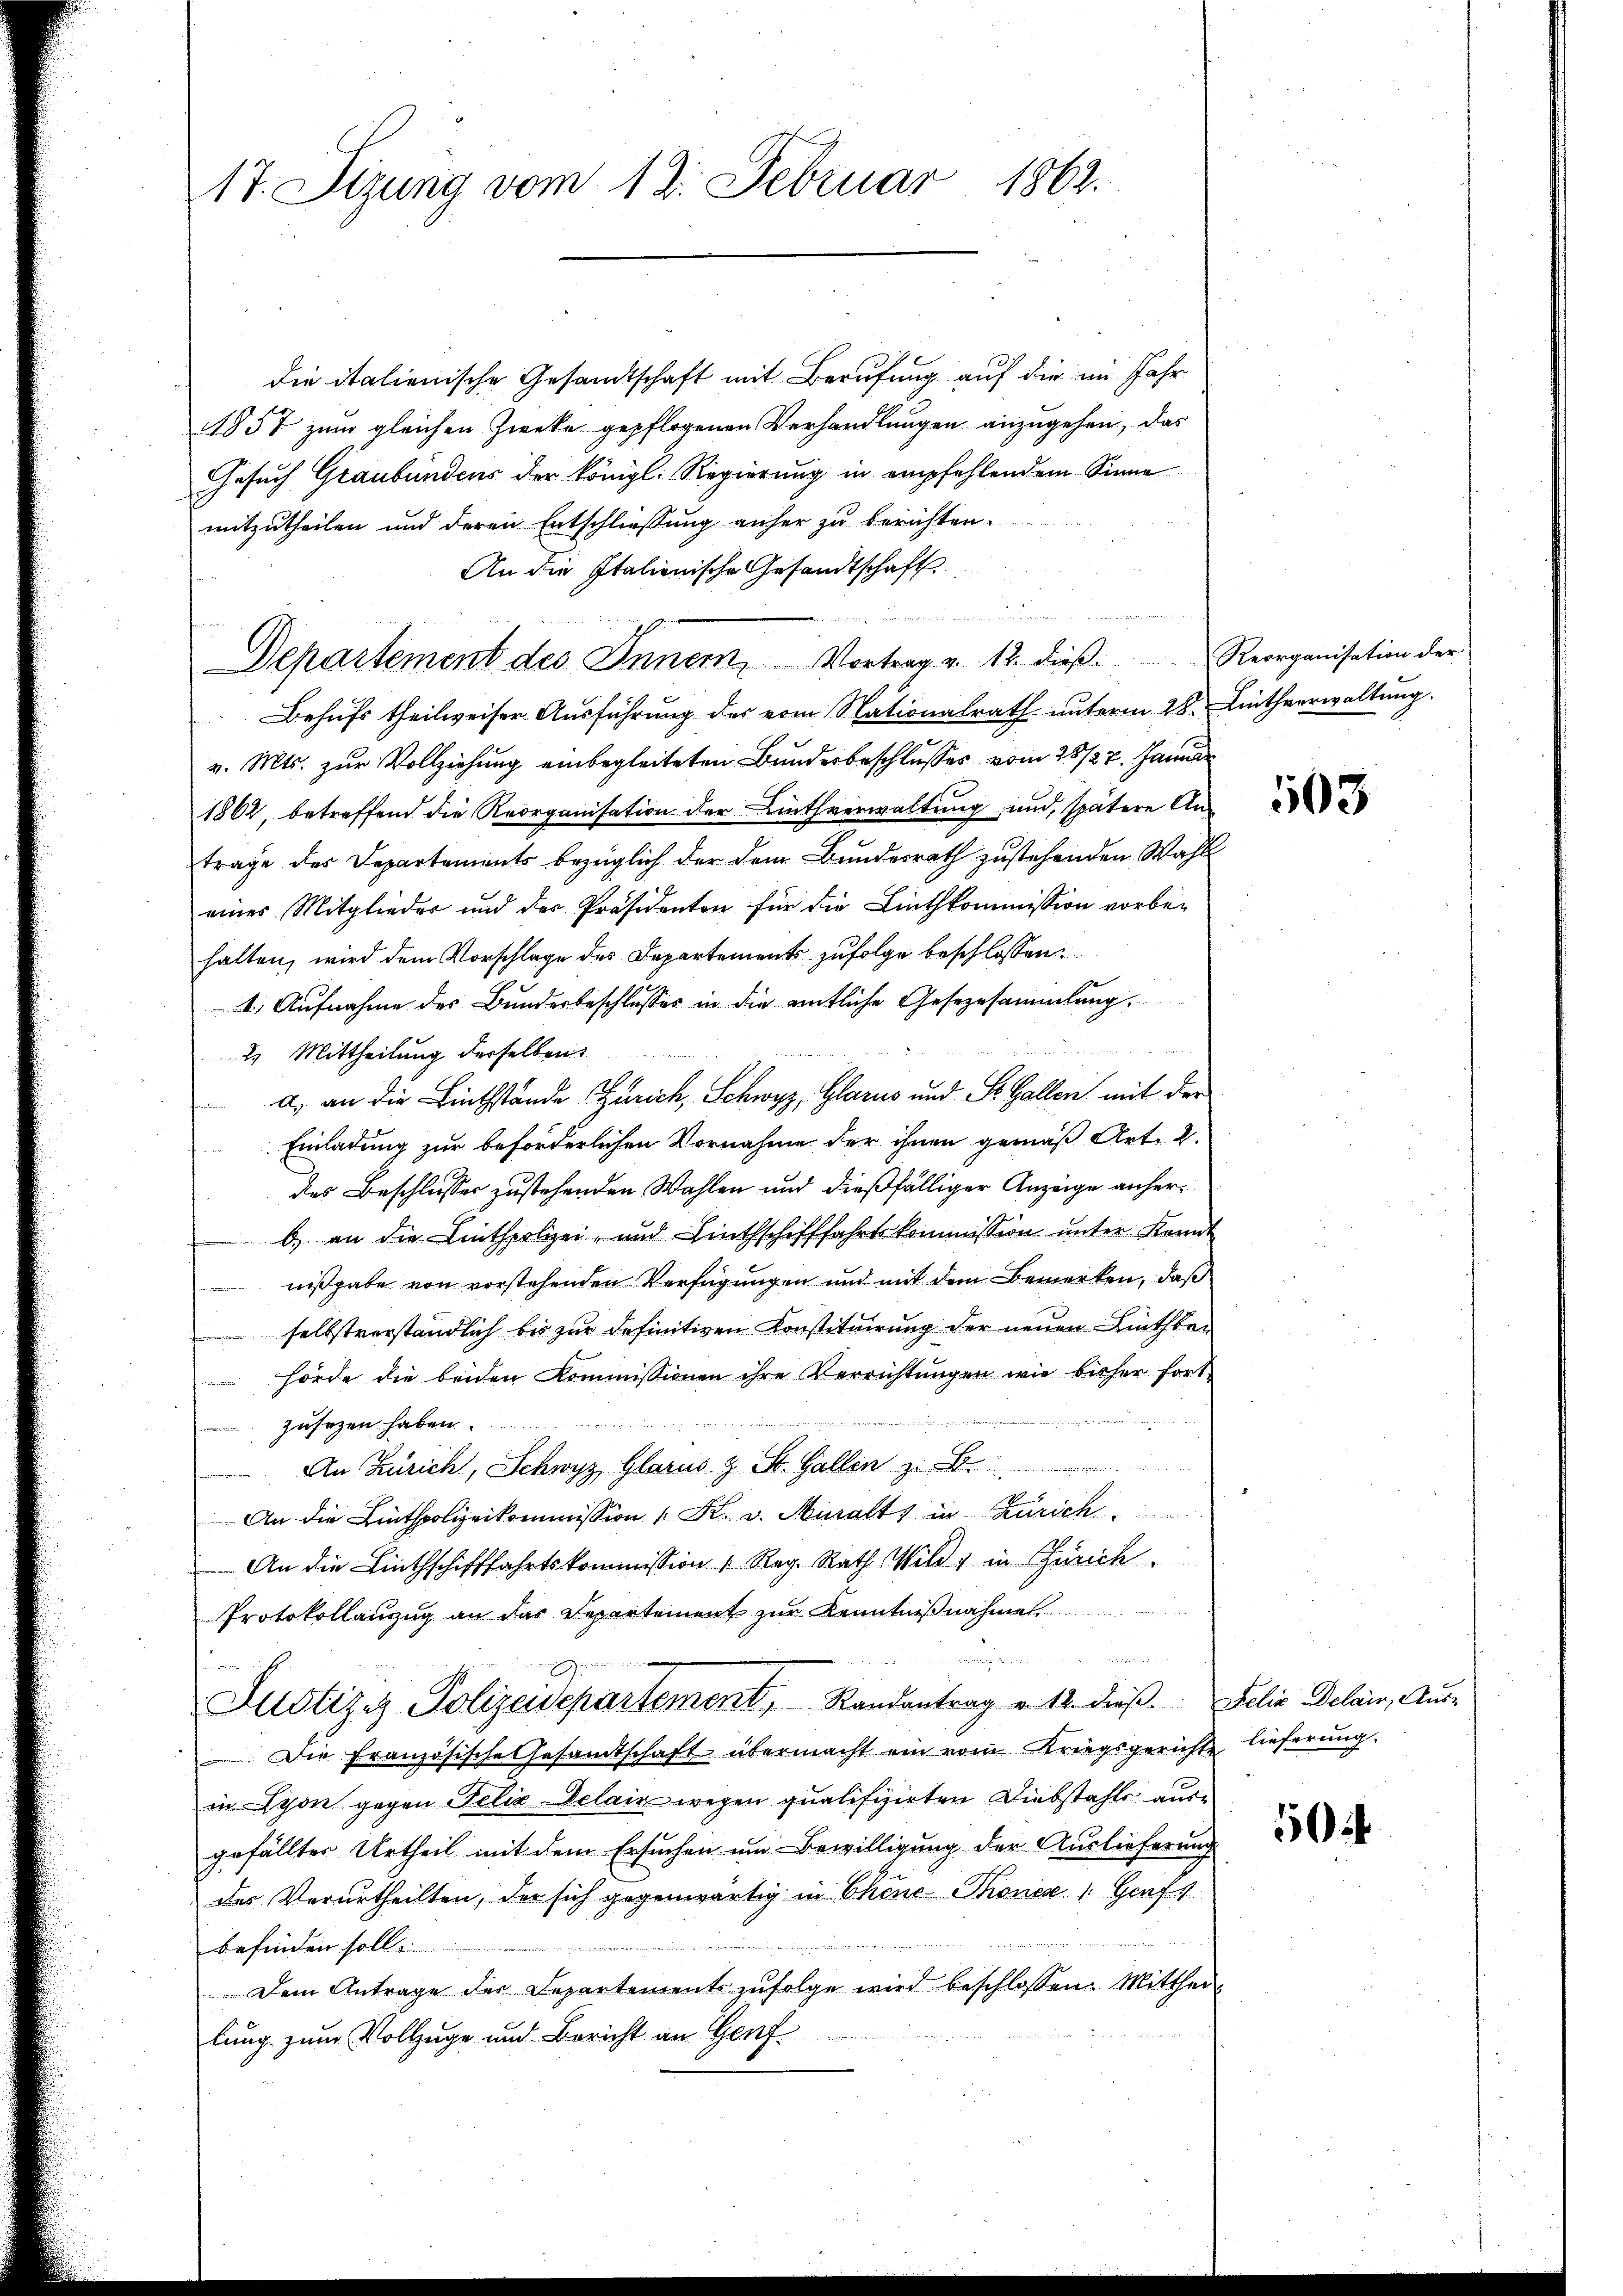
17. Sizung vom 12. Februar 1862.

die italienische Gesandtschaft mit Berufung auf die im Jahr
1857 zum gleichen Zwecke gepflogenen Verhandlungen anzugehen, das
Gesuch Graubündens der königl. Regierung in empfehlendem Sinne
mitzutheilen und deren Entschliessŭng anher zŭ berichten.
An die Italienische Gesandtschaft
.
Departement des Inner Vortrag v. 12. dieβ.  Reorganisation der
Behufs theilweiser Ausführung des vom Stationalrath unterm 28. Lethverwaltung.
v. Mts. zŭr Vollziehŭng einbegleiteten Bŭndesbeschlŭsses vom 28/27. Januar
1862, betreffend die Reorganisation der Linthverwaltung und spätere Antrage des Departements bezüglich der dem Bundesrath zustehenden Wahl
eines Mitglieder und des Präsidenten für die Linthkommission vorbehalten, wird dem Vorschlage des Departements zufolge beschlossen:
4.) Aufnahme des Bundesbeschlusses in die entliche Gesezesammlung
2. Mittheilung derselben
a) an die Linthstände Zürich, Schwyz, Glarus und St. Gallen mit der
Einladung zur beförderlichen Vornahme der ihnen gemäß Art. 2.
des Beschliesser zustehenden Wahlen und dießfälliger Anzeige anherb) an die Linthpolizei- und Linthschifffahrtskommission ŭnter Kennt
nißgabe von vorstehenden Verfügungen und mit dem Bemerken, daß
 selbstverständlich bis zur definitiven Konstituirung der neuen Linthbehörde die beiden Kommissionen ihre Verrichtungen wie bisher fortzusehen haben.
An Zürich, Schwyz, Glarus & St. Gallen z. B.
An die Linthpolizeikommission K. v. Muralts in Zürich.
An die Linthschifffahrtskommission " Reg. Rath Wild, in Zürich
Protokollanzug an das Departement zur Kenntnißnahme

Justiz- Polizeidepartement, Randantrag v. 12. dieβ.  Jelis Delais, Aus¬
Die Französische Gesandtschaft übermacht ein vom Kriegsgericht lieferŭng.
in Lyon gegen Felix Delair wegen qualifizirten Diebstahls ausgefälltes Urtheil mit dem Ersuchen um Bewilligung der Auslieferung
des Verurtheilten, der sich gegenwärtig in Chine-Thones " Genft
befinden soll.
Dem Antrage der Departements zŭfolge wird beschlossen: Mitthei
lung zum Vollzuge und Bericht an Genf

503

50